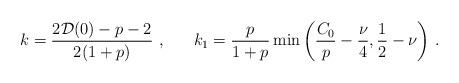
LaTeX: \begin{align*}k=\frac{2{\cal D}(0)-p-2}{2(1+p)}\,\,,\,\,\,\,\,\,\,\,\,\,k_1=\frac{p}{1+p}\min\left(\frac{C_0}{p}-\frac{\nu}{4},\frac{1}{2}-\nu\right)\,\mbox{.}\end{align*}